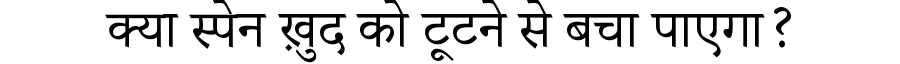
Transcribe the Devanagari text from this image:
क्या स्पेन ख़ुद को टूटने से बचा पाएगा?